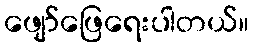
ဖျော်ဖြေရေးပါတယ်။